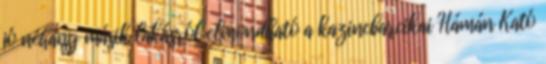
jó néhány másik lakásról elmondható a kazincbarcikai Hámán Kató